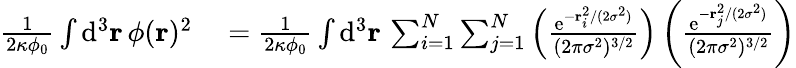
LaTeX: \begin{array}{rl}{\frac{1}{2\kappa\phi_{0}}\int\mathrm{d}^{3}\mathbf{r}\, \phi(\mathbf{r})^{2}}&{{}=\frac{1}{2\kappa\phi_{0}}\int\mathrm{d}^{3}\mathbf{r}\, \sum_{i=1}^{N}\sum_{j=1}^{N}\left(\frac{\mathrm{e}^{-\mathbf{r}_{i}^{2}/(2\sigma^{2})}}{(2\pi\sigma^{2})^{3/2}}\right)\left(\frac{\mathrm{e}^{-\mathbf{r}_{j}^{2}/(2\sigma^{2})}}{(2\pi\sigma^{2})^{3/2}}\right)}\end{array}